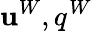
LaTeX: {\mathbf u}^{W},q^{W}